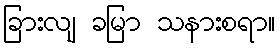
ခြားလျ ခမြာ သနားစရာ။